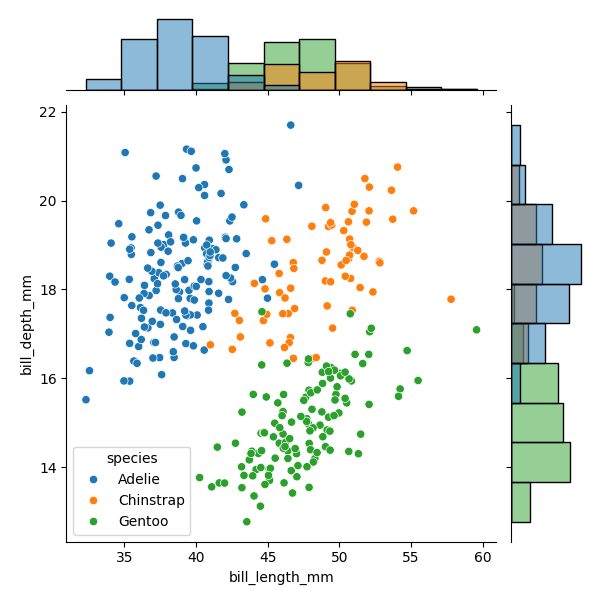
python, seaborn, JointGrid, scatterplot, histplot, hue